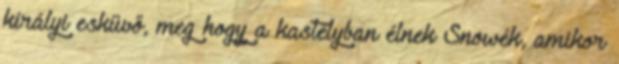
királyi esküvő, meg hogy a kastélyban élnek Snowék, amikor